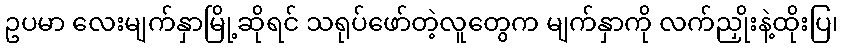
ဥပမာ လေးမျက်နှာမြို့ဆိုရင် သရုပ်ဖော်တဲ့လူတွေက မျက်နှာကို လက်ညှိုးနဲ့ထိုးပြ၊